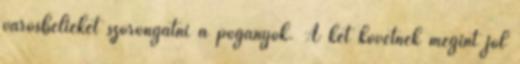
városbelieket szorongatni a pogányok. A két követnek megint jól